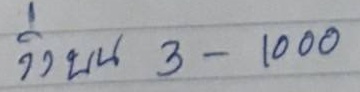
วิ่งบน 3 - 1000